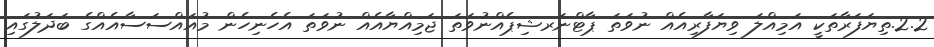
2.2.ތިޔަފަރާތަކީ އަމިއްލަ ވިޔަފާރިއެއް ނުވަތަ ޕާޓްނަރޝިޕެއްނުވަތަ ޖަމިއްޔާއެއް ނުވަތަ އެހެނިހެން މުއައްސަސާއެއްގެ ބަދަލުގައި